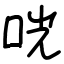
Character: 咣